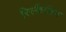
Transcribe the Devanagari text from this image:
रिस्कैलिन